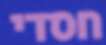
חסדי